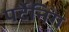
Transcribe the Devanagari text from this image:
पर्टेनिंग